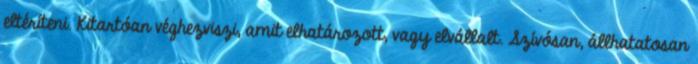
eltéríteni. Kitartóan véghezviszi, amit elhatározott, vagy elvállalt. Szívósan, állhatatosan